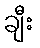
ချီး